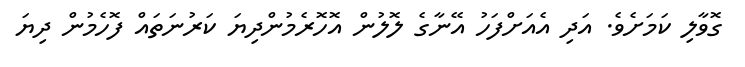
ގޮވާލި ކަމަށެވެ. އަދި އެއަށްފަހު އޭނާގެ ލޮލުން އޮހޮރެމުންދިޔަ ކަރުނަތައް ފޮހެމުން ދިޔަ